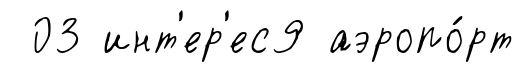
03 инт'ер'ес9 аэропо́рт